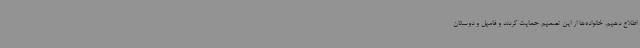
اطلاع دهیم. خانواده‌ها از این تصمیم حمایت کردند و فامیل‌ و دوستان